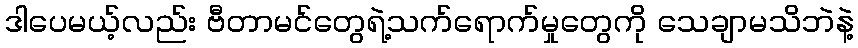
ဒါပေမယ့်လည်း ဗီတာမင်တွေရဲ့သက်ရောက်မှုတွေကို သေချာမသိဘဲနဲ့